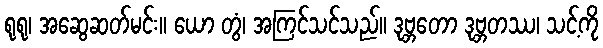
ရုရု၊ အဆွေဆတ်မင်း။ ယော တွံ၊ အကြင်သင်သည်။ ဒုဗ္ဘတော ဒုဗ္ဘတဿ၊ သင့်ကို